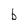
Character: b